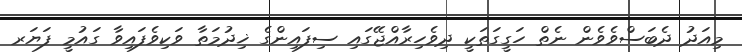
މިއަދު ދެބަސްވެވެން ނެތް ހަގީގަތަކީ ދިވެހިރާއްޖޭގައި ސިފައިންގެ ޚިދުމަތާ ވަކިވެފައިވާ ގައުމީ ފަޔަރ